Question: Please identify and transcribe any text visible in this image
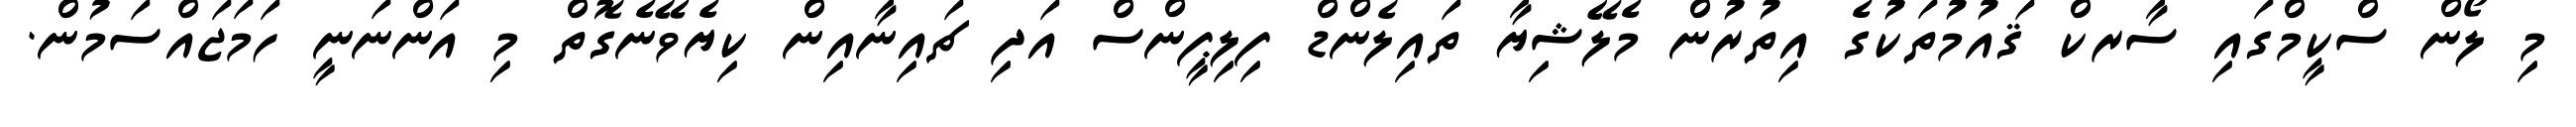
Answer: މި ލޯން ސްކީމްގައި ސާރކް ޤައުމުތަކުގެ އިތުރުން މެލޭޝިޔާ ތައިލެންޑް ފިލިޕީންސް އަދި ޗައިނާއިން ކިޔެވޭނެގޮތް މި އަންނަނީ ހަމަޖައްސަމުން.